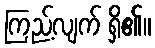
ကြည့်လျက် ရှိ၏။